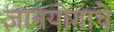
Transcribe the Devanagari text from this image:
ज्ञानयोगाचे